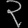
Digit: ၃